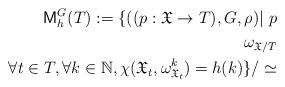
LaTeX: \begin{align*}\mathsf{M}^G_h(T):=\{((p:\mathfrak{X}\rightarrow T),G,\rho)|\ p \\ \omega_{\mathfrak{X}/T} \\ \forall t \in T,\forall k\in \mathbb{N}, \chi(\mathfrak{X}_t,\omega^k_{\mathfrak{X}_t})=h(k)\}/\simeq \end{align*}